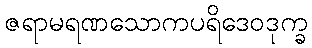
ဇရာမရဏသောကပရိဒေဝဒုက္ခ